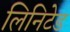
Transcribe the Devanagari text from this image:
लिनिटेड